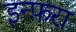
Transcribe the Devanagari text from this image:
इन्फ़रा